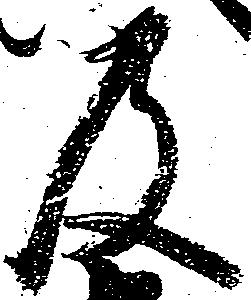
及